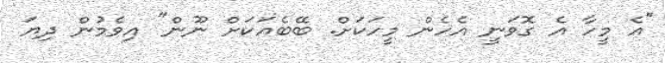
"އެ މީހާ އެ ގޮވަނީ އެހެން މީހަކަށް. ބޭބެއަކަށް ނޫން" އިވެމުން ދިޔަ